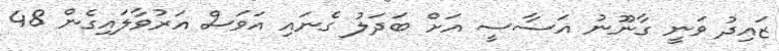
ޒައިދު ވަނީ ގާނޫނު އަސާސީ އަށް ބަދަލު ގެނައި އަވަސް އަރުވާލައިގެން 48